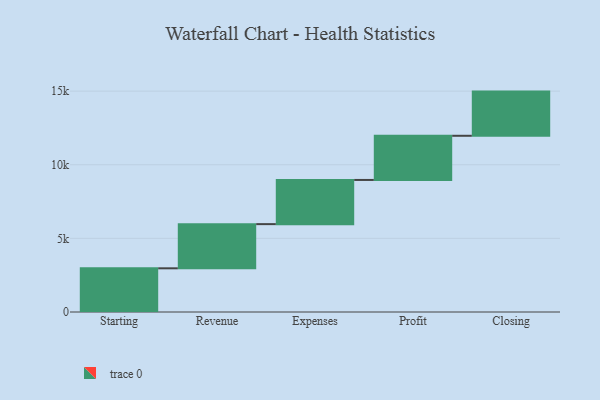
{"axis": {"x": "Step", "y": "Value"}, "legend": [""], "data": [{"x": "Starting", "y": 2967.0, "type": ""}, {"x": "Revenue", "y": 3000, "type": ""}, {"x": "Expenses", "y": 3000, "type": ""}, {"x": "Profit", "y": 3000, "type": ""}, {"x": "Closing", "y": 3000, "type": ""}]}